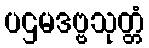
ပဌမဒဗ္ဗသုတ္တံ